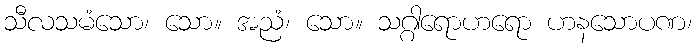
သီလသမံသော၊ သော။ အညံ၊ သော။ သဂ္ဂါရောဟရော ဟနသောပဏ၊